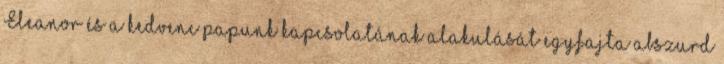
Eleanor és a kedvenc papunk kapcsolatának alakulását egyfajta abszurd